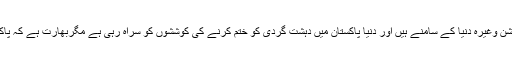
ضرب عضب ، کراچی آپریشن ، پنجاب آپریشن وغیرہ دنیا کے سامنے ہیں اور دنیا پاکستان میں دہشت گردی کو ختم کرنے کی کوششوں کو سراہ رہی ہے مگربھارت ہے کہ پاکستان کو تنہا کرنے کی کوششیں کررہا ہے ۔